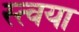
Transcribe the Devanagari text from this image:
स्त्वया